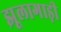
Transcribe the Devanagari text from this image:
झूलागाड़ी